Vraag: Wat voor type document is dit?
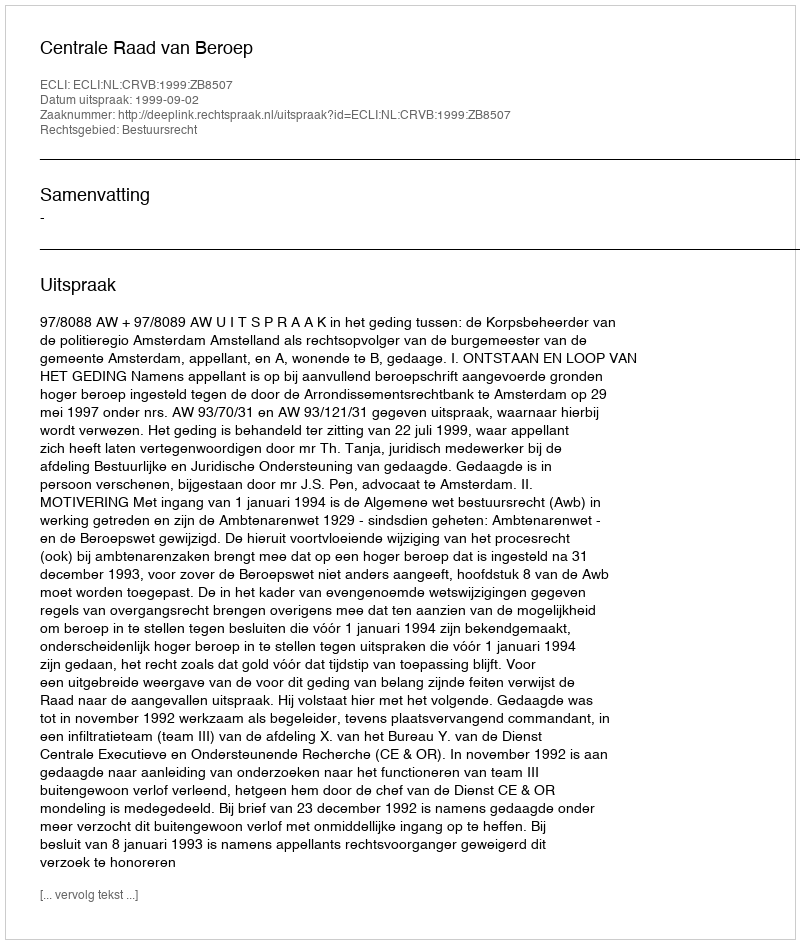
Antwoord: Uitspraak